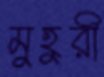
মুহুরী